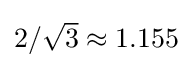
{\textstyle 2/{\sqrt {3}}\approx 1.155}